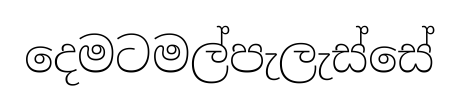
දෙමටමල්පැලැස්සේ